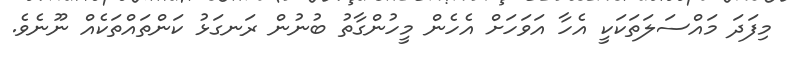
މިފަދަ މައްސަލަތަކަކީ އެހާ އަވަހަށް އެހެން މީހުންގާތު ބުނުން ރަނގަޅު ކަންތައްތަކެއް ނޫނެވެ.